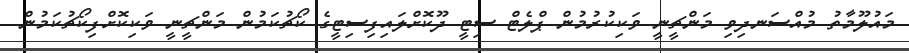
މައުލޫމާތު މުއްސަނދިވި މަންޗީނީ ވަކިކުރުމުން ޕްލެޓް ސިޓީ ދޫކޮށްލައިފިސިޓީގެ ކޯޗުކަމުން މަންޗީނީ ވަކިކޮށްފިކޯޗުކަމުން